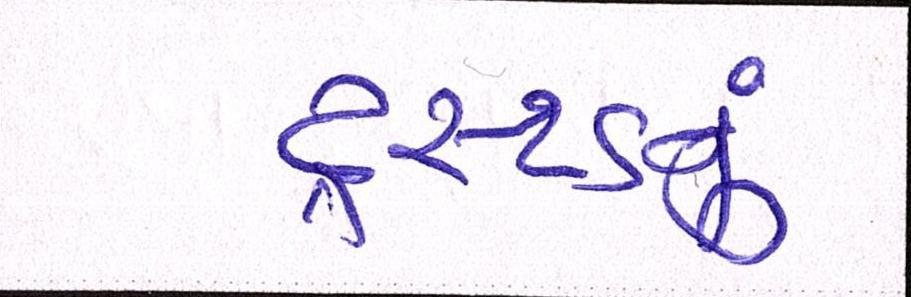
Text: ટ્રસ્ટડનું